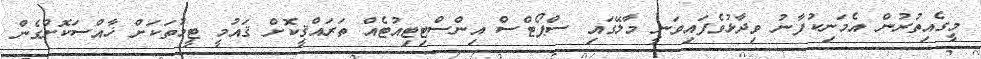
މީގެއިތުރުން އެމަނިކުފާނު ވިދާޅުވެފައިވަނީ މާލޭގައި ސްޕޯޓްސް އިންސްޓިޓިއުޓެއް ތަރައްޤީކޮށް ޤައުމީ ޓީމުތަކަށް ޚާއްސަކޮށްގެން